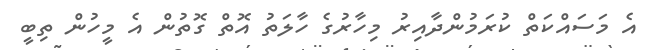
އެ މަސައްކަތް ކުރަމުންދާއިރު މިހާރުގެ ހާލަތު އޮތް ގޮތުން އެ މީހުން ތިބީ